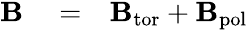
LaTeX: \begin{array}{rlr}{{\mathbf{B}}}&{{}=}&{{\mathbf{B}}_{\mathrm{{tor}}}+{\mathbf{B}}_{\mathrm{{pol}}}}\end{array}